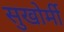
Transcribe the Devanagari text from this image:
सुखोर्मी